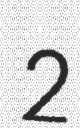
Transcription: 2